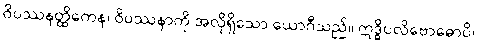
ဝိပဿနတ္ထိကေန၊ ဝိပဿနာကို အလိုရှိသော ယောဂီသည်။ ဣဒ္ဓိပလိဗောဓောပိ၊